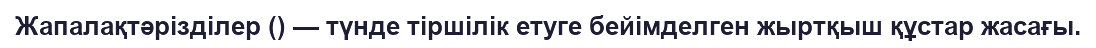
Жапалақтәрізділер () — түнде тіршілік етуге бейімделген жыртқыш құстар жасағы.